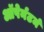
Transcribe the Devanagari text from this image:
ऑपेर्नटर्म